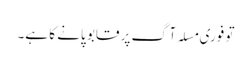
تو فوری مسلہ آگ پر قابو پانے کا ہے۔